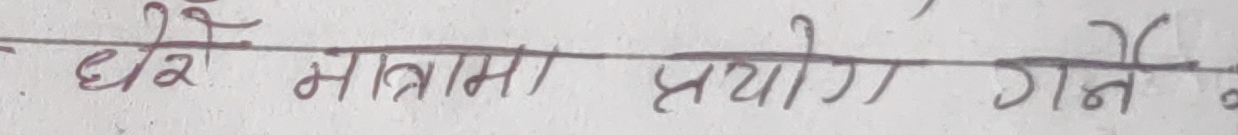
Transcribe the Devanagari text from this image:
धेरै मात्रामा प्रयोग गर्ने।